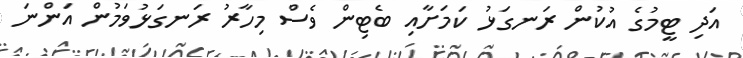
އަދި ޓީމުގެ އުކުން ރަނގަޅު ކަމަށާއި ބެޓިން ވެސް މިހާރު ރަނގަޅުވަމުން އަންނަ